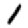
Digit: 1